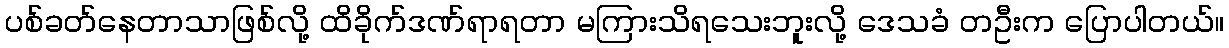
ပစ်ခတ်နေတာသာဖြစ်လို့ ထိခိုက်ဒဏ်ရာရတာ မကြားသိရသေးဘူးလို့ ဒေသခံ တဦးက ပြောပါတယ်။